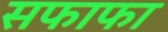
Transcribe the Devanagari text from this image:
सफाफा